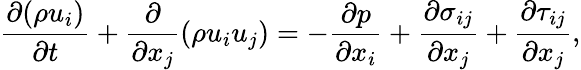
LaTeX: \frac{{\partial(\rho{u_{i}})}}{{\partial t}}+\frac{\partial}{{\partial{x_{j}}}}(\rho{u_{i}}{u_{j}})=-\frac{{\partial p}}{{\partial{x_{i}}}}+\frac{{\partial{\sigma_{ij}}}}{{\partial{x_{j}}}}+\frac{{\partial{\tau_{ij}}}}{{\partial{x_{j}}}},